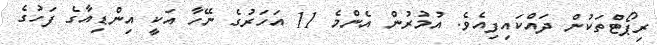
ރިޕޯޓްތަކުން ދައްކައިފިއެވެ. އުމުރުން އެންމެ 11 އަހަރުގެ ނޭހާ އަކީ އިންޑިއާގެ ފަހުގެ